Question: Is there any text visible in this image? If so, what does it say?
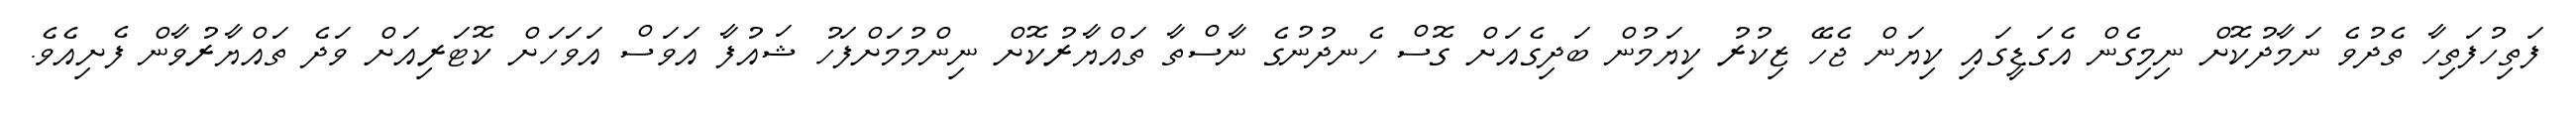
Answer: ފަތިހުފަތިހާ ތެދުވެ ނަމާދުކޮށް ނިމިގެން އެގަޑީގައި ކިޔަން ޖެހޭ ޒިކުރު ކިޔަމުން ބަދިގެއަށް ގޮސް ހެނދުނުގެ ނާސްތާ ތައްޔާރުކޮށް ނިންމުމަށްފަހު ޝައުފާ އަވަސް އަވަހަށް ކޮޓަރިއަށް ވަދެ ތައްޔާރުވާން ފެށިއެވެ.